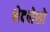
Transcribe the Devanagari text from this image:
भेदलेशो